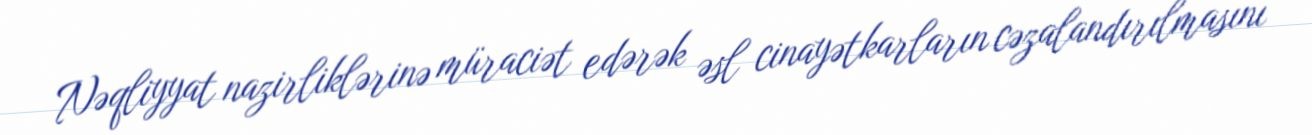
Nəqliyyat nazirliklərinə müraciət edərək əsl cinayətkarların cəzalandırılmasını